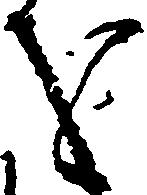
を